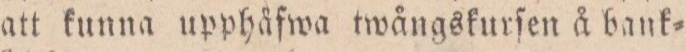
att kunna upphåfwa twångskurſen å bank=